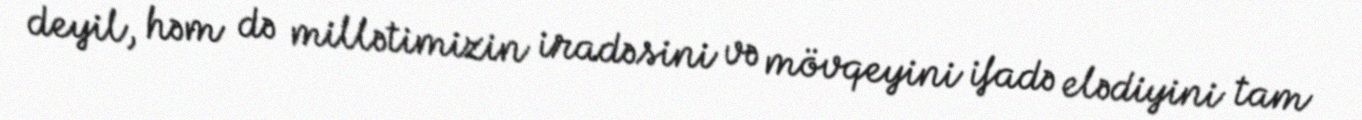
deyil, həm də millətimizin iradəsini və mövqeyini ifadə elədiyini tam